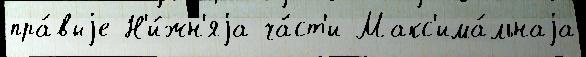
пра́выjе Н'и́жн'яjа ча́ст'и Макс'има́льнаjа